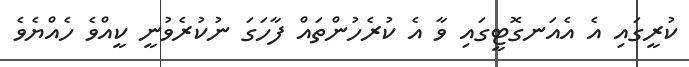
ކުރީގައި އެ އެއަނގޮޓީގައި ވާ އެ ކުރެހުންތައް ފާހަގަ ނުކުރެވުނީ ކީއްވެ ހެއްޔެވެ